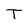
Character: T